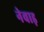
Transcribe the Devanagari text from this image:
नेवाड़